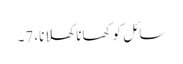
سائل کو کھانا کھلانا، 7۔